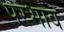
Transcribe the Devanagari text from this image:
परभाव